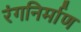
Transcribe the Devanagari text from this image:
रंगनिर्माण